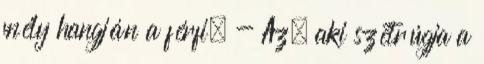
mély hangján a férfi. - Az, aki szétrúgja a